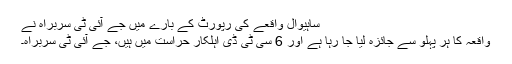
ساہیوال واقعے کی رپورٹ کے بارے میں جے آئی ٹی سربراہ نے
واقعہ کا ہر پہلو سے جائزہ لیا جا رہا ہے اور 6 سی ٹی ڈی اہلکار حراست میں ہیں، جے آئی ٹی سربراہ۔